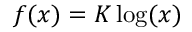
f ( x ) = K \log ( x )